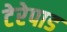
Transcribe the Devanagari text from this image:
टेरेपाड